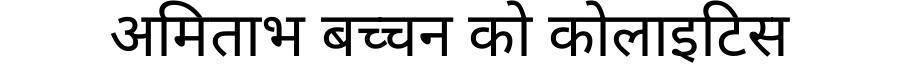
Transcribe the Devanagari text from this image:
अमिताभ बच्चन को कोलाइटिस